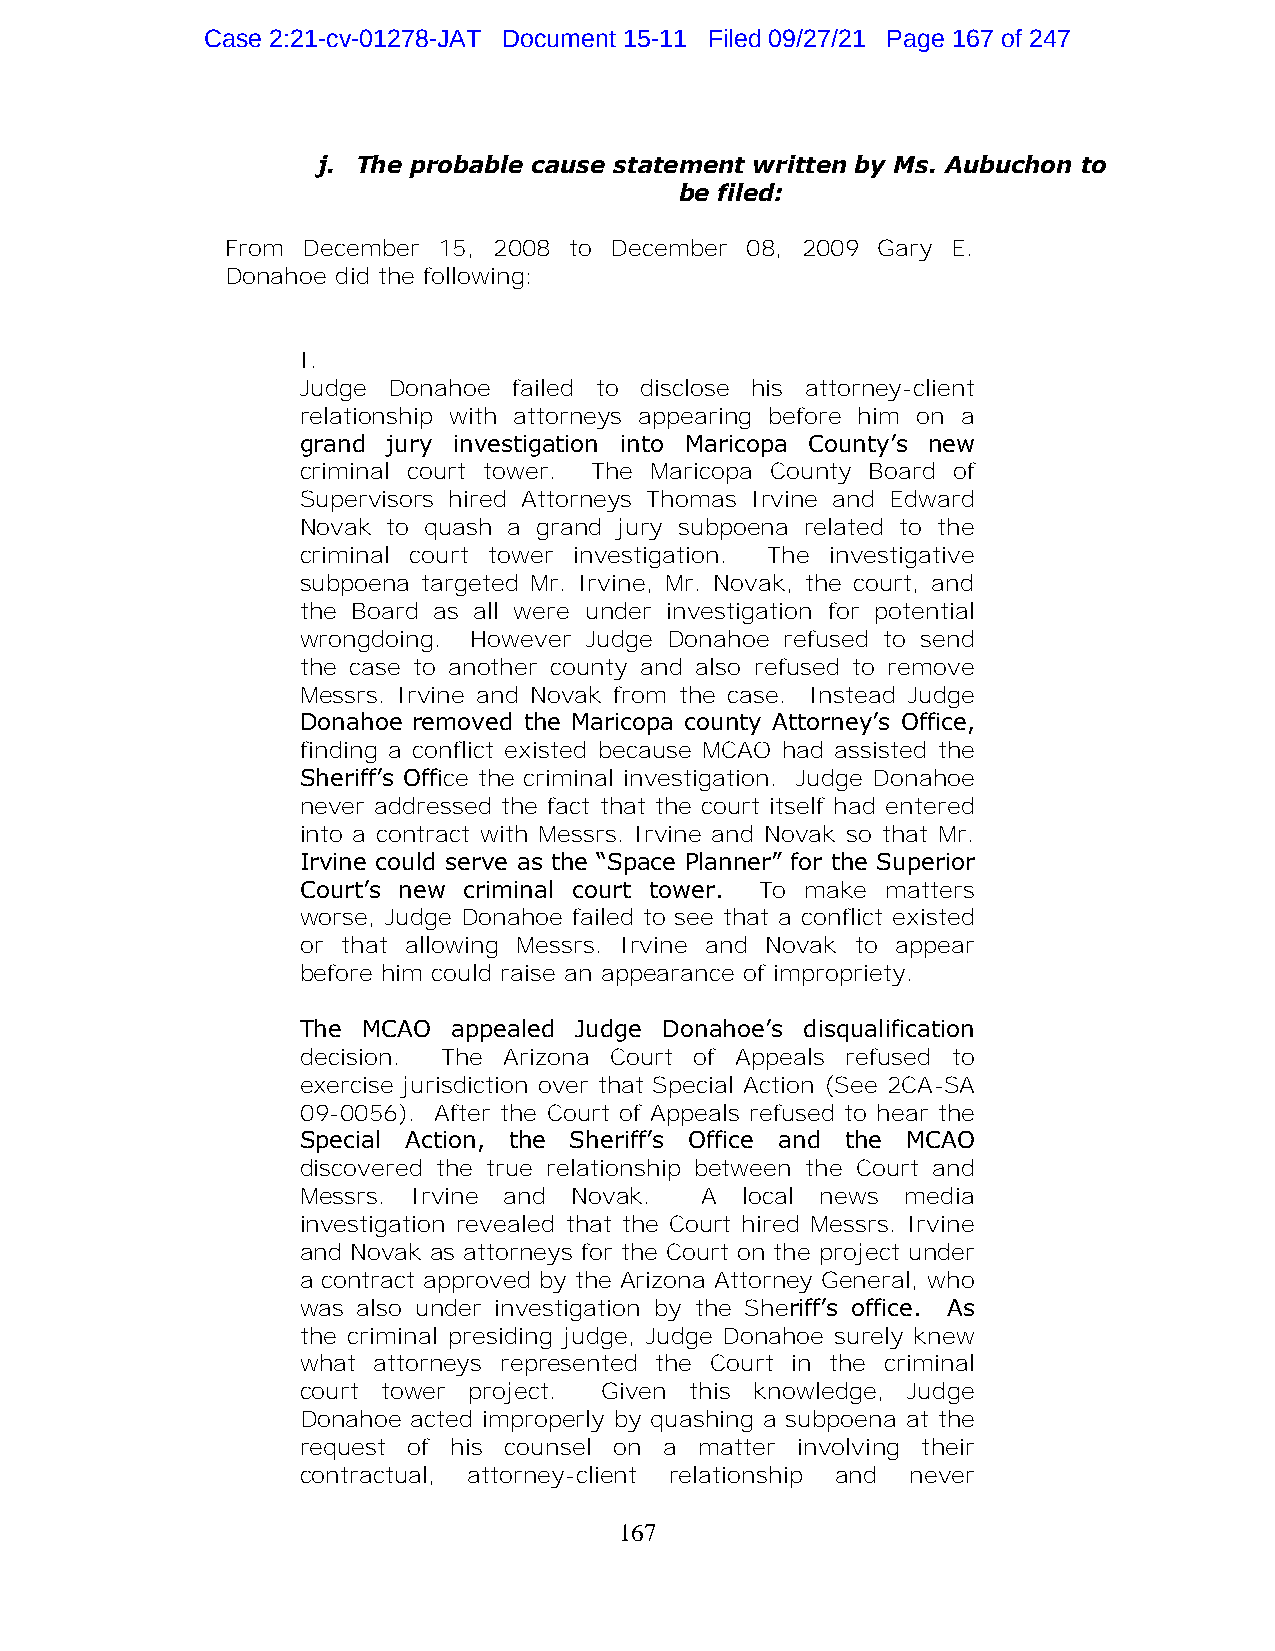
Case 2:21-cv-01278-JAT Document 15-11 Filed 09/27/21 Page 167 of 247
 j. The probable cause statement written by Ms. Aubuchon to
 be filed:
 From December 15, 2008 to December 08, 2009 Gary E.
 Donahoe did the following:
 I.
 Judge Donahoe failed to disclose his attorney-client
 relationship with attorneys appearing before him on a
 grand jury investigation into Maricopa County’s new
 criminal court tower. The Maricopa County Board of
 Supervisors hired Attorneys Thomas Irvine and Edward
 Novak to quash a grand jury subpoena related to the
 criminal court tower investigation. The investigative
 subpoena targeted Mr. Irvine, Mr. Novak, the court, and
 the Board as all were under investigation for potential
 wrongdoing. However Judge Donahoe refused to send
 the case to another county and also refused to remove
 Messrs. Irvine and Novak from the case. Instead Judge
 Donahoe removed the Maricopa county Attorney’s Office,
 finding a conflict existed because MCAO had assisted the
 Sheriff’s Office the criminal investigation. Judge Donahoe
 never addressed the fact that the court itself had entered
 into a contract with Messrs. Irvine and Novak so that Mr.
 Irvine could serve as the “Space Planner” for the Superior
 Court’s new criminal court tower. To make matters
 worse, Judge Donahoe failed to see that a conflict existed
 or that allowing Messrs. Irvine and Novak to appear
 before him could raise an appearance of impropriety.
 The MCAO  appealed Judge Donahoe’s disqualification
 decision. The Arizona Court of Appeals refused to
 exercise jurisdiction over that Special Action (See 2CA-SA
 09-0056). After the Court of Appeals refused to hear the
 Special Action, the Sheriff’s Office and the MCAO
 discovered the true relationship between the Court and
 Messrs. Irvine and Novak. A  local news media
 investigation revealed that the Court hired Messrs. Irvine
 and Novak as attorneys for the Court on the project under
 a contract approved by the Arizona Attorney General, who
 was also under investigation by the Sheriff’s office. As
 the criminal presiding judge, Judge Donahoe surely knew
 what attorneys represented the Court in the criminal
 court tower project. Given this knowledge, Judge
 Donahoe acted improperly by quashing a subpoena at the
 request of his counsel on a matter involving their
 contractual, attorney-client relationship and never
 167